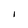
Character: 1